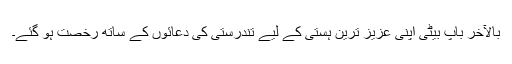
بالآخر باپ بیٹی اپنی عزیز ترین ہستی کے لیے تندرستی کی دعائوں کے ساتھ رخصت ہو گئے۔